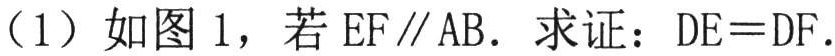
（1）如图 1，若 \(EF\parallel AB\). 求证：\(DE = DF\).